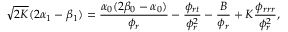
\sqrt { 2 K } ( 2 \alpha _ { 1 } - \beta _ { 1 } ) = \frac { \alpha _ { 0 } ( 2 \beta _ { 0 } - \alpha _ { 0 } ) } { \phi _ { r } } - \frac { \phi _ { r t } } { \phi _ { r } ^ { 2 } } - \frac { B } { \phi _ { r } } + K \frac { \phi _ { r r r } } { \phi _ { r } ^ { 2 } } ,